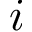
i